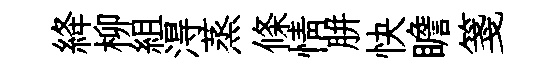
絳柳組淂蒸條情胼快瞻箋